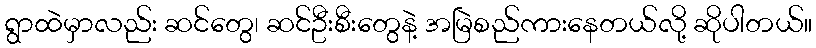
ရွာထဲမှာလည်း ဆင်တွေ၊ ဆင်ဦးစီးတွေနဲ့ အမြဲစည်ကားနေတယ်လို့ ဆိုပါတယ်။